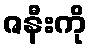
ဇနီးကို